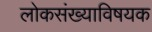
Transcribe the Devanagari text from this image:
लोकसंख्याविषयक